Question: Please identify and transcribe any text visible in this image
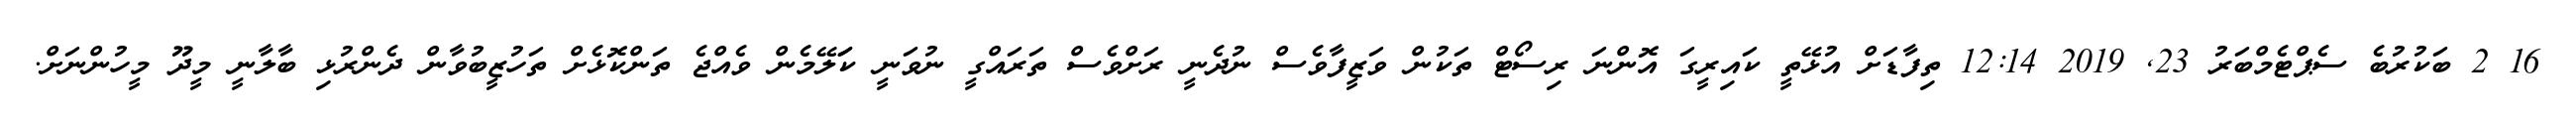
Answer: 16 2 ބަކުރުބެ ސެޕްޓެމްބަރު 23, 2019 12:14 ތިފާޑަށް އުޅޭތީ ކައިރީގަ އޮންނަ ރިސޯޓް ތަކުން ވަޒީފާވެސް ނުދެނީ ރަށްވެސް ތަރައްގީ ނުވަނީ ކަަލޭމެން ވެއްޖެ ތަންކޮޅެށް ތަހުޒީބުވާން ދެންރުޅި ބާލާނީ މީދޫ މީހުންނަށް.